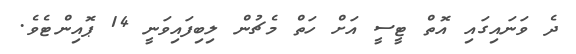
ދެ ވަނައިގައި އޮތް ޓީސީ އަށް ހަތް މެޗުން ލިބިފައިވަނީ 14 ޕޮއިންޓެވެ.